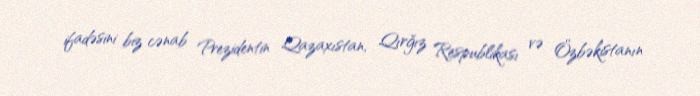
ifadəsini biz cənab Prezidentin Qazaxıstan, Qırğız Respublikası və Özbəkistanın